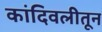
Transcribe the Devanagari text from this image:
कांदिवलीतून